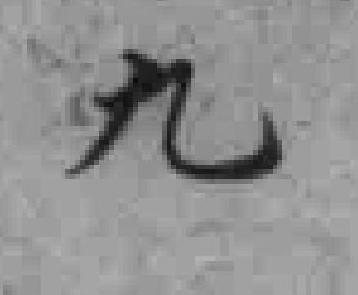
九